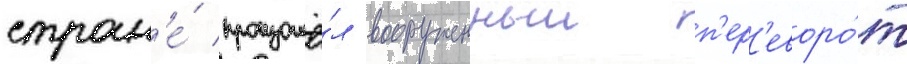
стран'е́ произошё́л вооруженныи п'ер'еворо́т